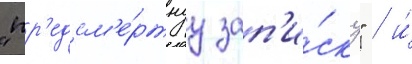
"пр'едсм'е́ртнуу зап'и́ску" / и́